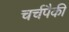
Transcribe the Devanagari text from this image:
चर्चपैकी